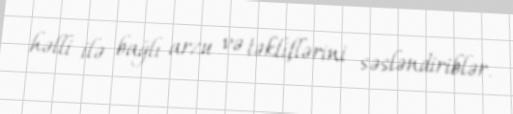
həlli ilə bağlı arzu və təkliflərini səsləndiriblər.